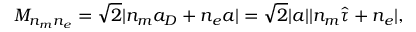
M _ { n _ { m } n _ { e } } = \sqrt 2 | n _ { m } a _ { D } + n _ { e } a | = \sqrt 2 | a | | n _ { m } \hat { \tau } + n _ { e } | ,